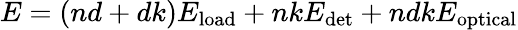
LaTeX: E=(nd+dk)E_{\mathrm{load}}+nkE_{\mathrm{det}}+ndkE_{\mathrm{optical}}